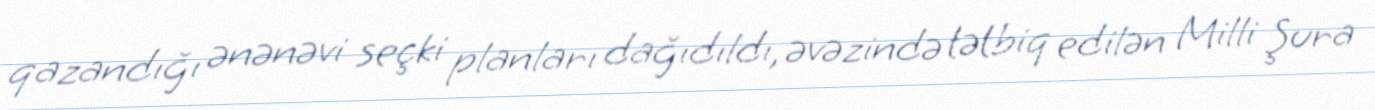
qazandığı ənənəvi seçki planları dağıdıldı, əvəzində tətbiq edilən Milli Şura